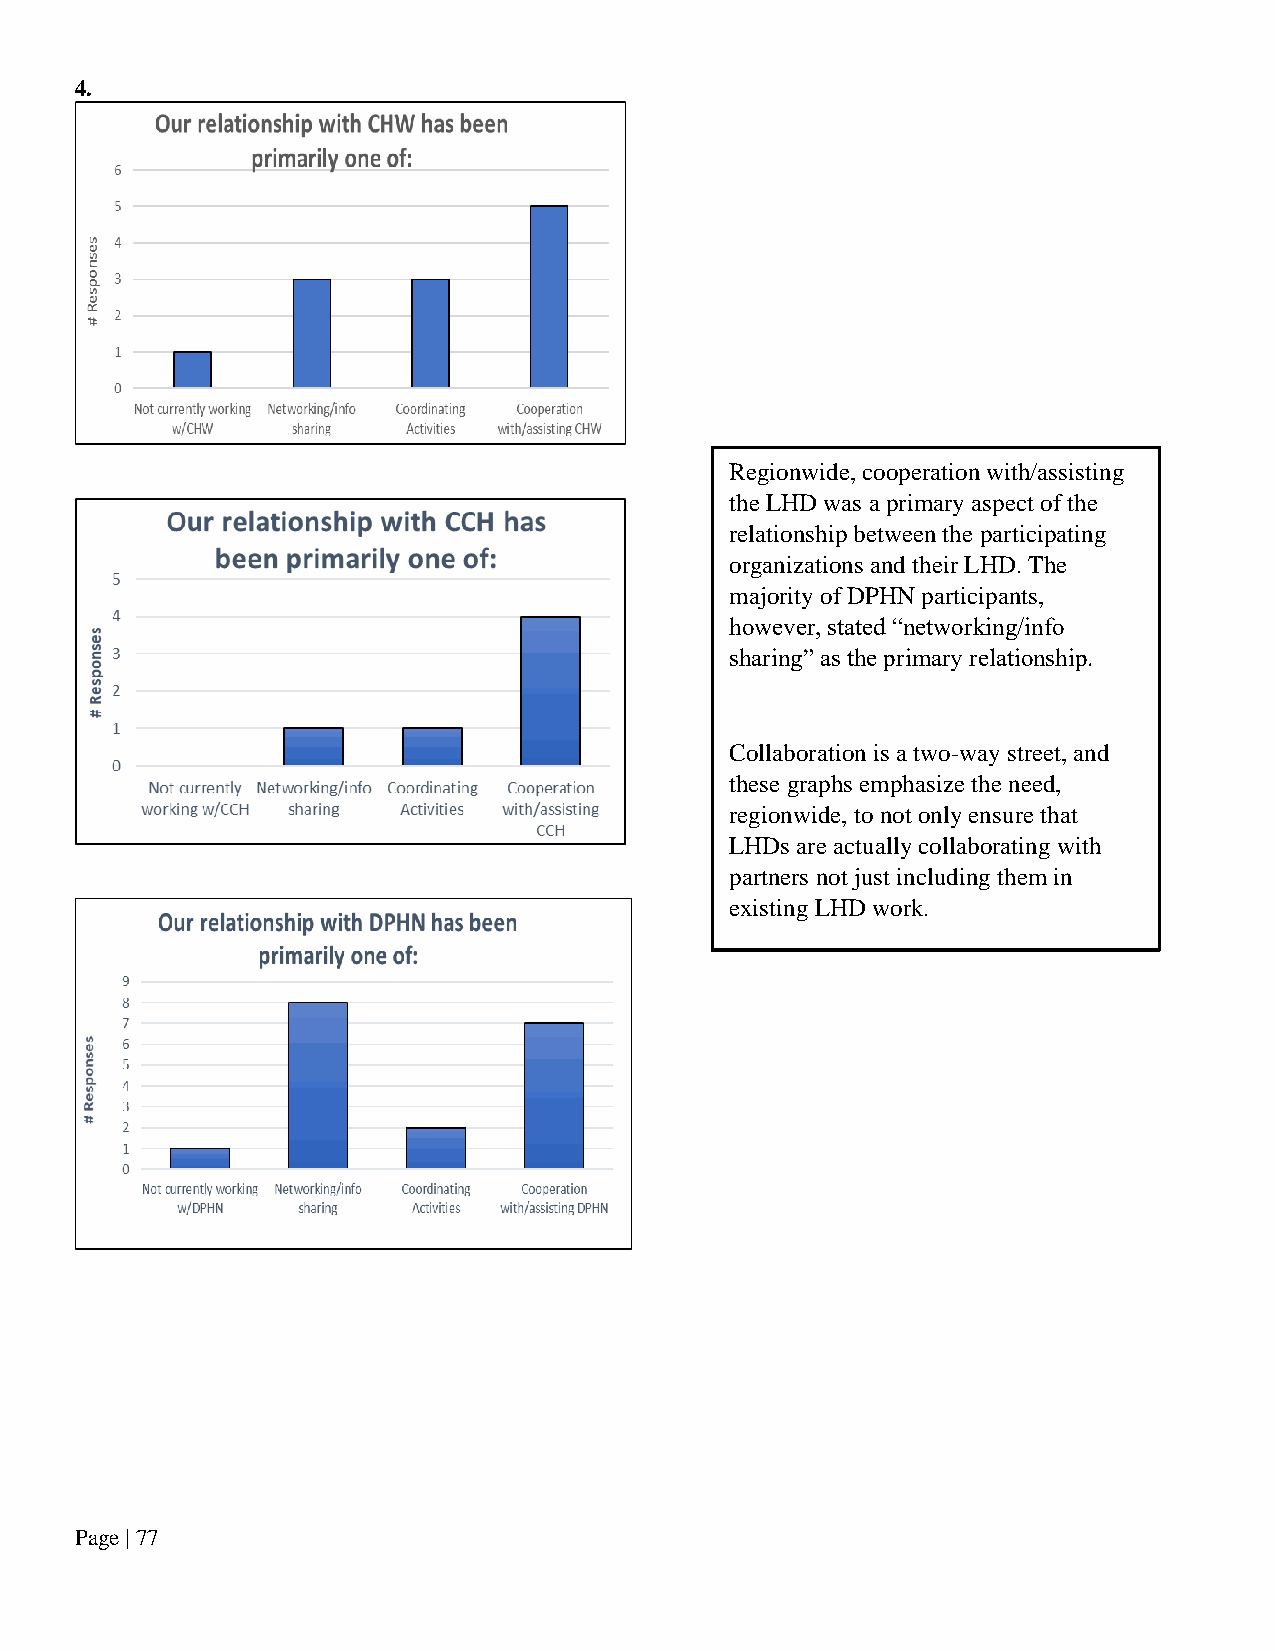
4.
 Regionwide, cooperation with/assisting
 the LHD was a primary aspect of the
 relationship between the participating
 organizations and their LHD. The
 majority of DPHN participants,
 however, stated “networking/info
 sharing” as the primary relationship.
 Collaboration is a two-way street, and
 these graphs emphasize the need,
 regionwide, to not only ensure that
 LHDs are actually collaborating with
 partners not just including them in
 existing LHD work.
 Page | 77